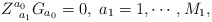
\begin{align*}Z_{\;\;a_{1}}^{a_{0}}G_{a_{0}}=0,\;a_{1}=1,\cdots ,M_{1}, \end{align*}